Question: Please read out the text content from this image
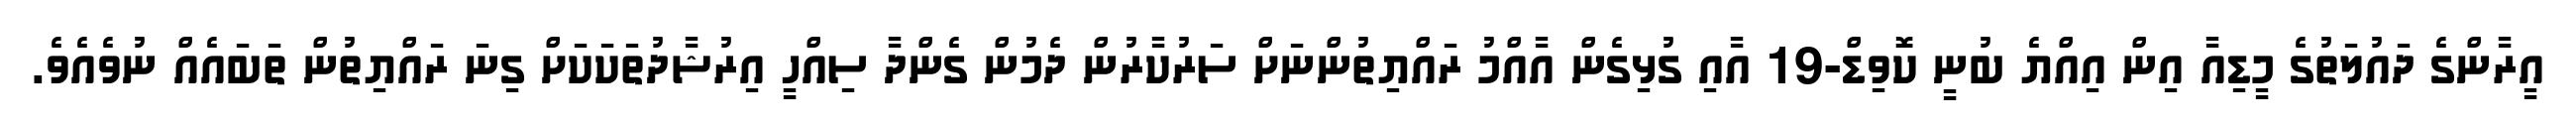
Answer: އީރާންގެ ދައުލަތުގެ މީޑިއާ އިން އިއްޔެ ބުނީ ކޮވިޑް-19 އާއި ގުޅިގެން އާއްމު ރައްޔިތުންނަށް ސަރުކާރުން ދެމުން ގެންދާ ސިއްހީ އިރުޝާދުތަކަކަށް ގިނަ ރައްޔިތުން ތަބައެއް ނުވެއެވެ.